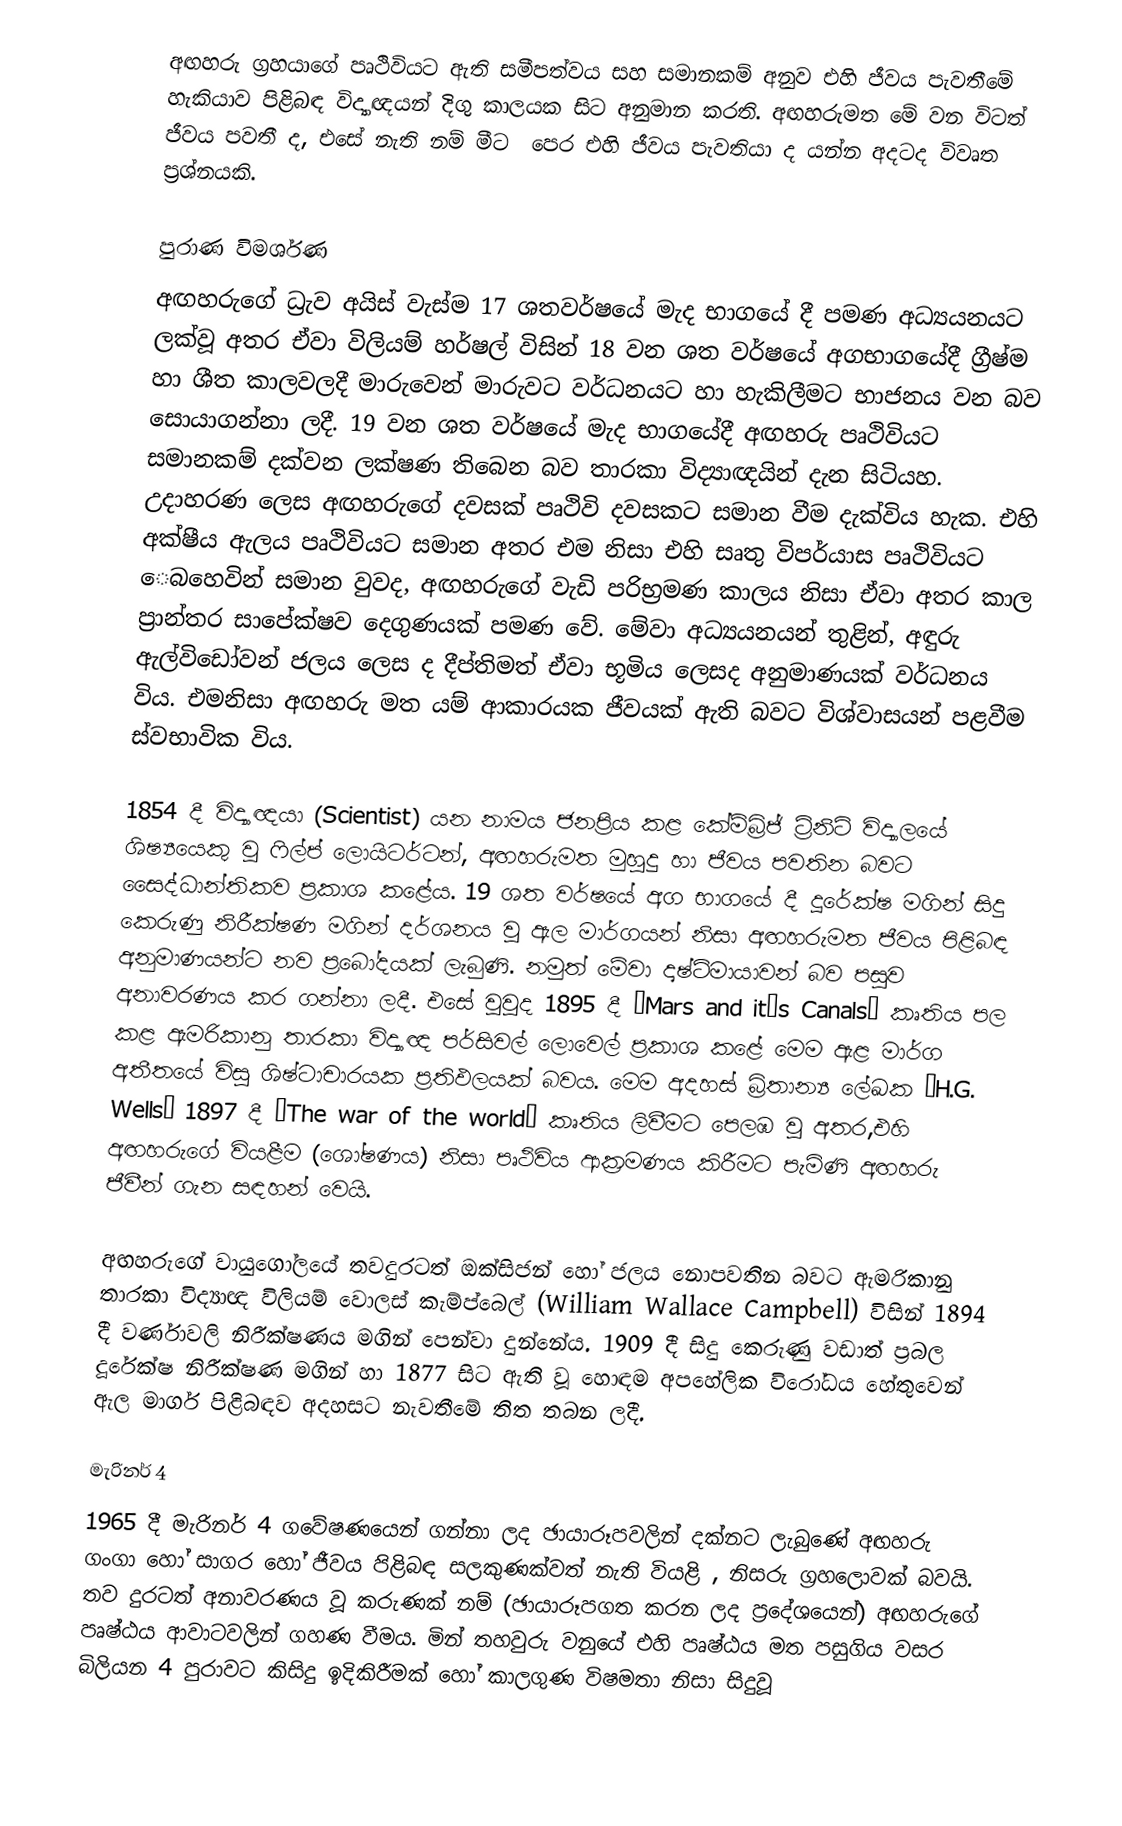
අඟහරු	ග්‍රහයා‍ගේ පෘථිවියට ඇති සමීපත්වය සහ සමානකම් අනුව එහි ජීවය පැවතී‍‍මේ   හැකියාව පිළිබඳ විද්‍යාඥයන් දිගු කාලයක සිට අනුමාන කරති. අඟහරුමත ‍‍මේ වන විටත්  ජීවය පවතී ද, එසේ  නැති නම් මීට ‍‍ ‍‍‍පෙර එහි ජීවය පැවතියා ද යන්න අදටද විවෘත ප්‍රශ්නයකි.

පුරාණ විමර්ශණ
අඟහරුගේ ධ්‍රැව අයිස් වැස්ම 17 ශතවර්ෂයේ මැද භාගයේ දී පමණ අධ්‍යයනයට ලක්වූ අතර ඒවා විලියම් හර්ෂල් විසින් 18 වන ශත වර්ෂයේ අගභාගයේදී ග්‍රීෂ්ම හා ශීත කාලවලදී මාරුවෙන් මාරුවට වර්ධනයට හා හැකිලීමට භාජනය වන බව සොයාගන්නා ලදී. 19 වන ශත වර්ෂයේ මැද භාගයේදී අඟහරු පෘථිවියට සමානකම් දක්වන ලක්ෂණ තිබෙන බව තාරකා විද්‍යාඥයින් දැන සිටියහ. උදාහරණ ලෙස අඟහරුගේ දවසක් පෘථිවි දවසකට සමාන වීම දැක්විය හැක. එහි අක්ෂීය ඇලය පෘථිවියට සමාන අතර එම නිසා එහි සෘතු විපර්යාස පෘථිවියට ‍ෙබහෙවින් සමාන වුවද, අඟහරුගේ වැඩි පරිභ්‍රමණ කාලය නිසා‍ ඒවා අතර කාල ප්‍රාන්තර සාපේක්ෂව දෙගුණයක් පමණ වේ. මේවා අධ්‍යයනයන් තුළින්, අඳුරු ඇල්විඩෝවන් ජලය ලෙස ද දීප්තිමත් ඒවා භූමිය ලෙසද අනුමාණයක් වර්ධනය විය. එමනිසා අඟහරු මත යම් ආකාරයක ජීවයක් ඇති බවට විශ්වාසයන් පළවීම ස්වභාවික විය.

1854 දී විද්‍යාඥයා (Scientist) යන නාමය ජනප්‍රිය කළ කේම්බ්‍රිජ් ට්‍රිනිටි විද්‍යාලයේ ශිෂ්‍යයෙකු වූ ෆිල්ප් ලොයිටර්ටන්, අඟහරුමත මුහුදු හා ජීවය පවතින බවට සෛද්ධාන්තිකව ප්‍රකාශ කළේය. 19 ශත වර්ෂයේ අග භාගයේ දී දූරේක්ෂ මගින් සිදු කෙරුණු නිරීක්ෂණ මගින් දර්ශනය වූ ඇල මාර්ගයන් නිසා අඟහරුමත ජීවය පිළිබඳ අනුමාණයන්ට නව ප්‍රබෝදයක් ලැබුණි. නමුත් මේවා දෘෂ්ටිමායාවන් බව පසුව අනාවරණය කර ගන්නා ලදී. එසේ වුවුද 1895 දී “Mars and it’s Canals” කෘතිය පල කළ ඇමරිකානු තාරකා විද්‍යාඥ පර්සිවල් ලොවෙල් ප්‍රකාශ කළේ මෙම ඇළ මාර්ග අතීතයේ විසූ ශිෂ්ටාචාරයක ප්‍රතිඵලයක් බවය. මෙම අදහස් බ්‍රිතාන්‍ය ලේඛක “H.G. Wells” 1897 දී “The war of the world” කෘතිය ලිවීමට පෙලඹ වූ අතර,එහි අඟහරුගේ වියළීම (ශෝෂණය) නිසා පෘථිවිය ආක්‍රමණය කිරීමට පැමිණි අඟහරු ජීවීන් ගැන සඳහන් වෙයි.

අඟහරුගේ වායුගෝලයේ තවදුරටත් ඔක්සිජන් හෝ ජලය නොපවතින බවට ඇමරිකා‍නු තාරකා විද්‍යාඥ විලියම් වොලස් කැම්ප්බෙල් (William Wallace Campbell) විසින් 1894 දී වර්ණාවලි නිරීක්ෂණය මගින් පෙන්වා දුන්නේය. 1909 දී සිදු කෙරුණු වඩාත් ප්‍රබල දූරේක්ෂ නිරීක්ෂණ මගින් හා 1877 සිට ඇති වූ හොඳම අපහේලික විරෝධය හේතුවෙන් ඇල මාර්ග පිළිබඳව අදහසට නැවතීමේ තිත තබන ලදී.

මැරිනර් 4
1965 දී මැරිනර් 4 ගවේෂණයෙන් ගන්නා ලද ඡායාරූපවලින් දක්නට ලැබුණේ අඟහරු ගංගා හෝ සාගර හෝ ජීවය පිළිබඳ සලකුණක්වත් නැති වියළි , නිසරු ග්‍රහලොවක් බවයි. තව දුරටත් අනාවරණය වූ කරුණක් නම් (ඡායාරූපගත කරන ලද ප්‍රදේශයෙන්) අඟහරුගේ පෘෂ්ඨය ආවාටවලින් ගහණ වීමය. මින් තහවුරු වනුයේ එහි පෘෂ්ඨය මත පසුගිය වසර බිලියන 4 පුරාවට කිසිදු ඉදිකිරීමක් හෝ කාලගුණ විෂමතා නිසා සිදුවූ